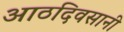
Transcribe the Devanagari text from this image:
आठदिवसानी